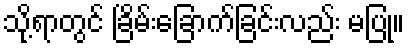
သို့ရာတွင် ခြိမ်းခြောက်ခြင်းလည်း မပြု။